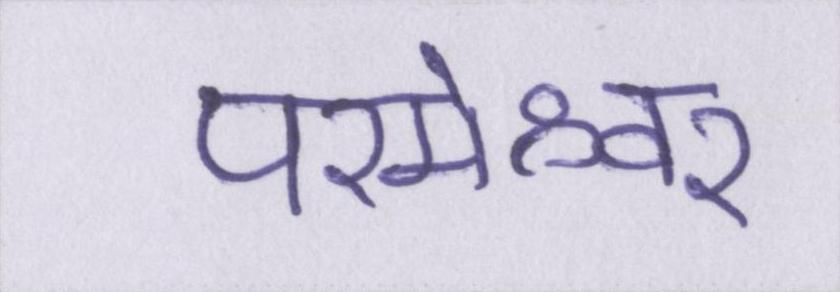
परमेश्वर